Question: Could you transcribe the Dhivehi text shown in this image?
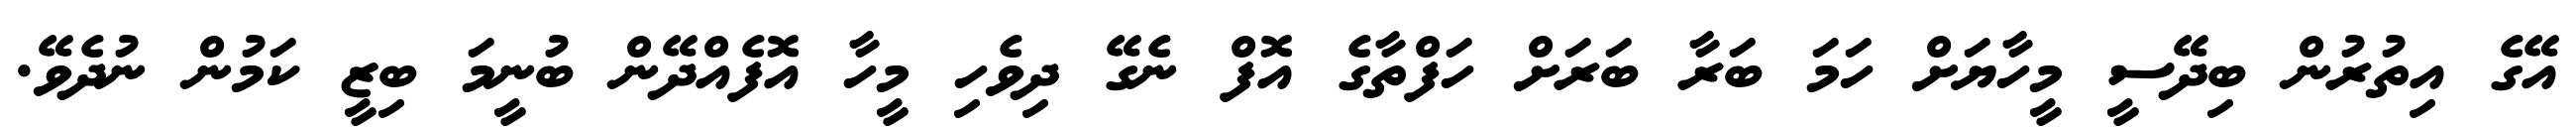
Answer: އޭގެ އިތުރުން ބިދޭސީ މީހާޔަށް ހަމަ ބަރާ ބަރަށް ހަފްތާގެ އޮފް ނެގޭ ދިވެހި މީހާ އޮފެއްދޭން ބުނީމަ ބިޒީ ކަމުން ނުދެވޭ.